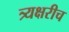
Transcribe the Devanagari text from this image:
त्र्यक्षरीच